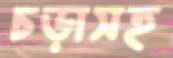
চড়াসহ